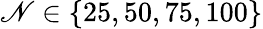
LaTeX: \mathscr{N}\in\{ 25,50,75,100\}